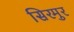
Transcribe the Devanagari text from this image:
सिरमुर